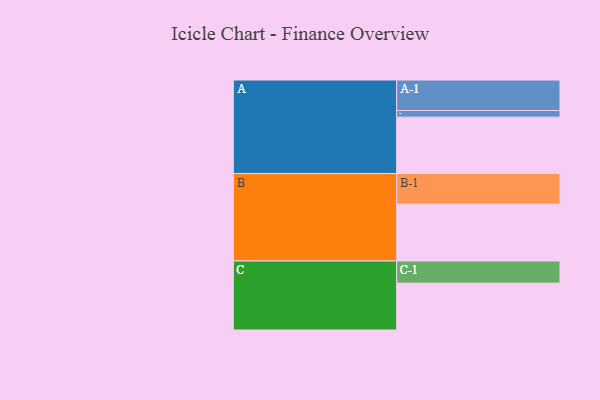
{"axis": {"x": "Segment", "y": "Value"}, "legend": ["", "A", "B", "C"], "data": [{"x": "A", "y": 452, "type": ""}, {"x": "B", "y": 456, "type": ""}, {"x": "C", "y": 376, "type": ""}, {"x": "A-1", "y": 245, "type": "A"}, {"x": "A-2", "y": 53, "type": "A"}, {"x": "B-1", "y": 246, "type": "B"}, {"x": "C-1", "y": 178, "type": "C"}]}